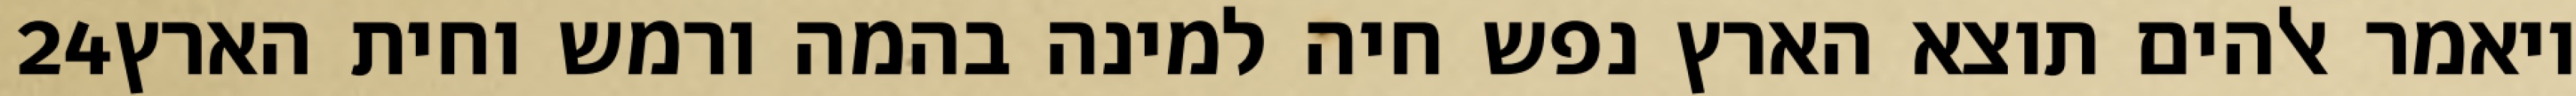
‎24‏ ויאמר אלהים תוצא הארץ נפש חיה למינה בהמה ורמש וחית הארץ